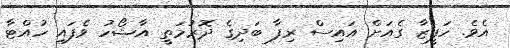
އެވެ. ހަފީޒާ ގެއަށް އައިސް ރިފާ ބަދިގެ ދޮރުމަތީ އާޝޯހު ވެފައި ހުއްޓާ